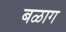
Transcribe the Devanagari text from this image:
बळाग